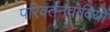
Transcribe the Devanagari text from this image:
परिवर्तनवादियों